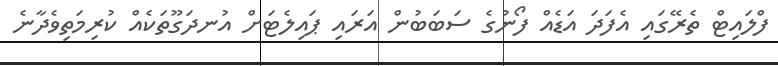
ފްލައިޓް ތެރޭގައި އެފަދަ އަޑެއް ފޯނުގެ ސަބަބުން އަރައި ޕައިލެޓަށް އުނދަގޫތަކެއް ކުރިމަތިވެދާނެ